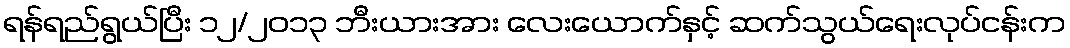
ရန်ရည်ရွယ်ပြီး ၁၂/၂၀၁၃ ဘီးယားအား လေးယောက်နှင့် ဆက်သွယ်ရေးလုပ်ငန်းက